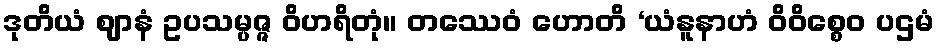
ဒုတိယံ ဈာနံ ဥပသမ္ပဇ္ဇ ဝိဟရိတုံ။ တဿေဝံ ဟောတိ ‘ယံနူနာဟံ ဝိဝိစ္စေဝ ပဌမံ